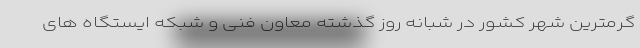
گرمترین شهر کشور در شبانه روز گذشته معاون فنی و شبکه ایستگاه های